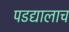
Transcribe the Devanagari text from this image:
पडद्यालाच